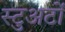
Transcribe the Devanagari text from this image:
स्टुअर्टों